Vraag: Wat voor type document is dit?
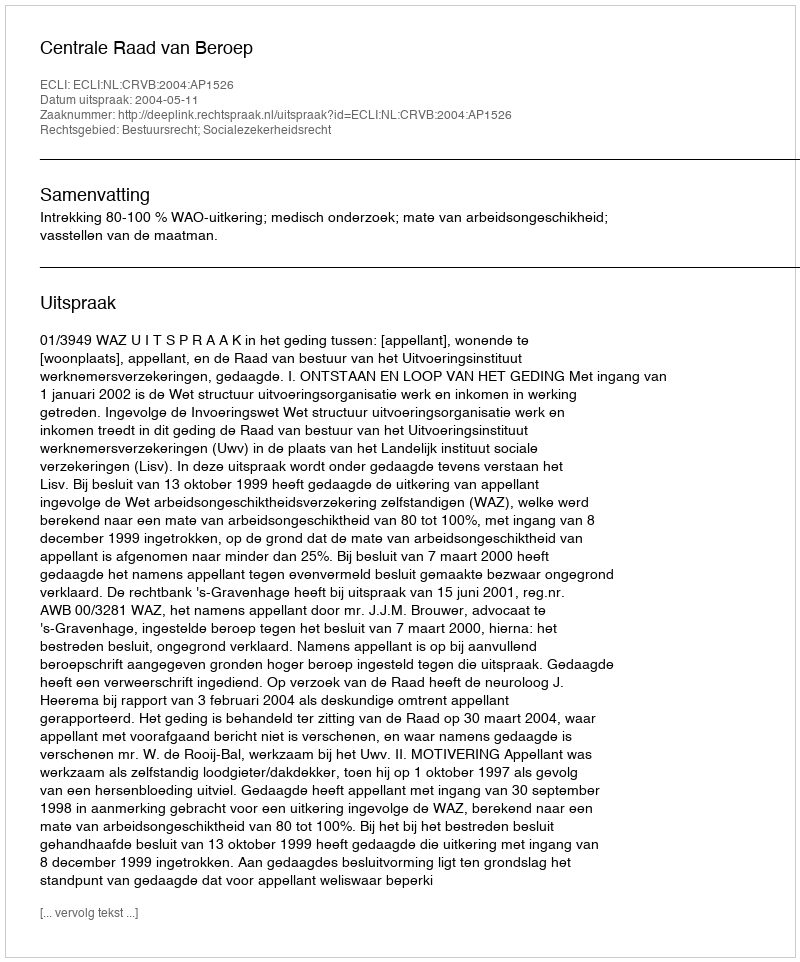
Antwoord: Uitspraak